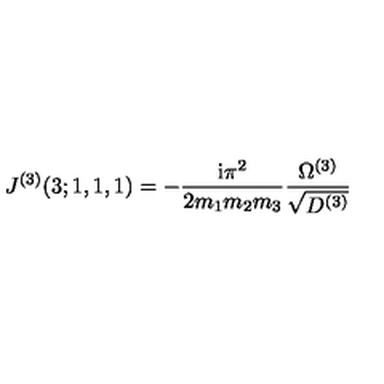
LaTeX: J ^ { ( 3 ) } ( 3 ; 1 , 1 , 1 ) = - \frac { \mathrm { i } \pi ^ { 2 } } { 2 m _ { 1 } m _ { 2 } m _ { 3 } } \frac { \Omega ^ { ( 3 ) } } { \sqrt { D ^ { ( 3 ) } } }